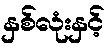
နှစ်လုံးနှင့်